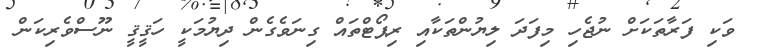
ވަކި ފަރާތަކަށް ނުޖެހި މިފަދަ ލިޔުންތަކާއި ރިޕޯޓްތައް ގިނަވެގެން ދިޔުމަކީ ހަޤީޤީ ނޫސްވެރިކަން